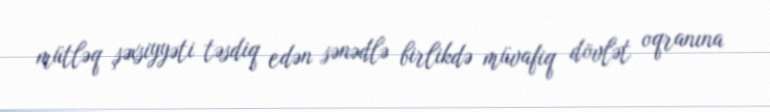
mütləq şəxsiyyəti təsdiq edən sənədlə birlikdə müvafiq dövlət oqranına